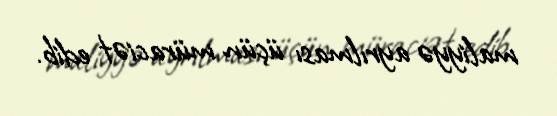
maliyyə ayrılması üçün müraciət edib.